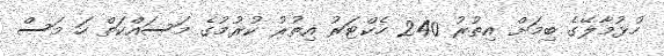
ހުޅުމާލޭގެ ބިމަށް އިތުރު 240 ހެކްޓަރު އިތުރު ކުރުމުގެ މަސައްކަތް ހަ މަސް